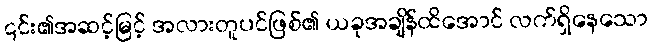
၎င်း၏အဆင့်မြင့် အလားတူပင်ဖြစ်၏ ယခုအချိန်ထိအောင် လက်ရှိနေသော